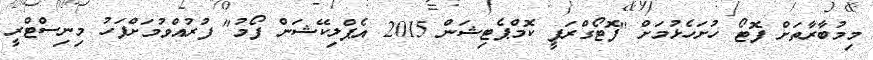
މިމުބާރާތަށް ފޮޓޯ ހުށަހެޅުމަށް "ފޮޓޯގްރަފީ ކޮމްޕެޓިޝަން 2015 އެޕްލިކޭޝަން ފޯމު" ފުރުއްވުމަށްފަހު މިނިސްޓްރީ